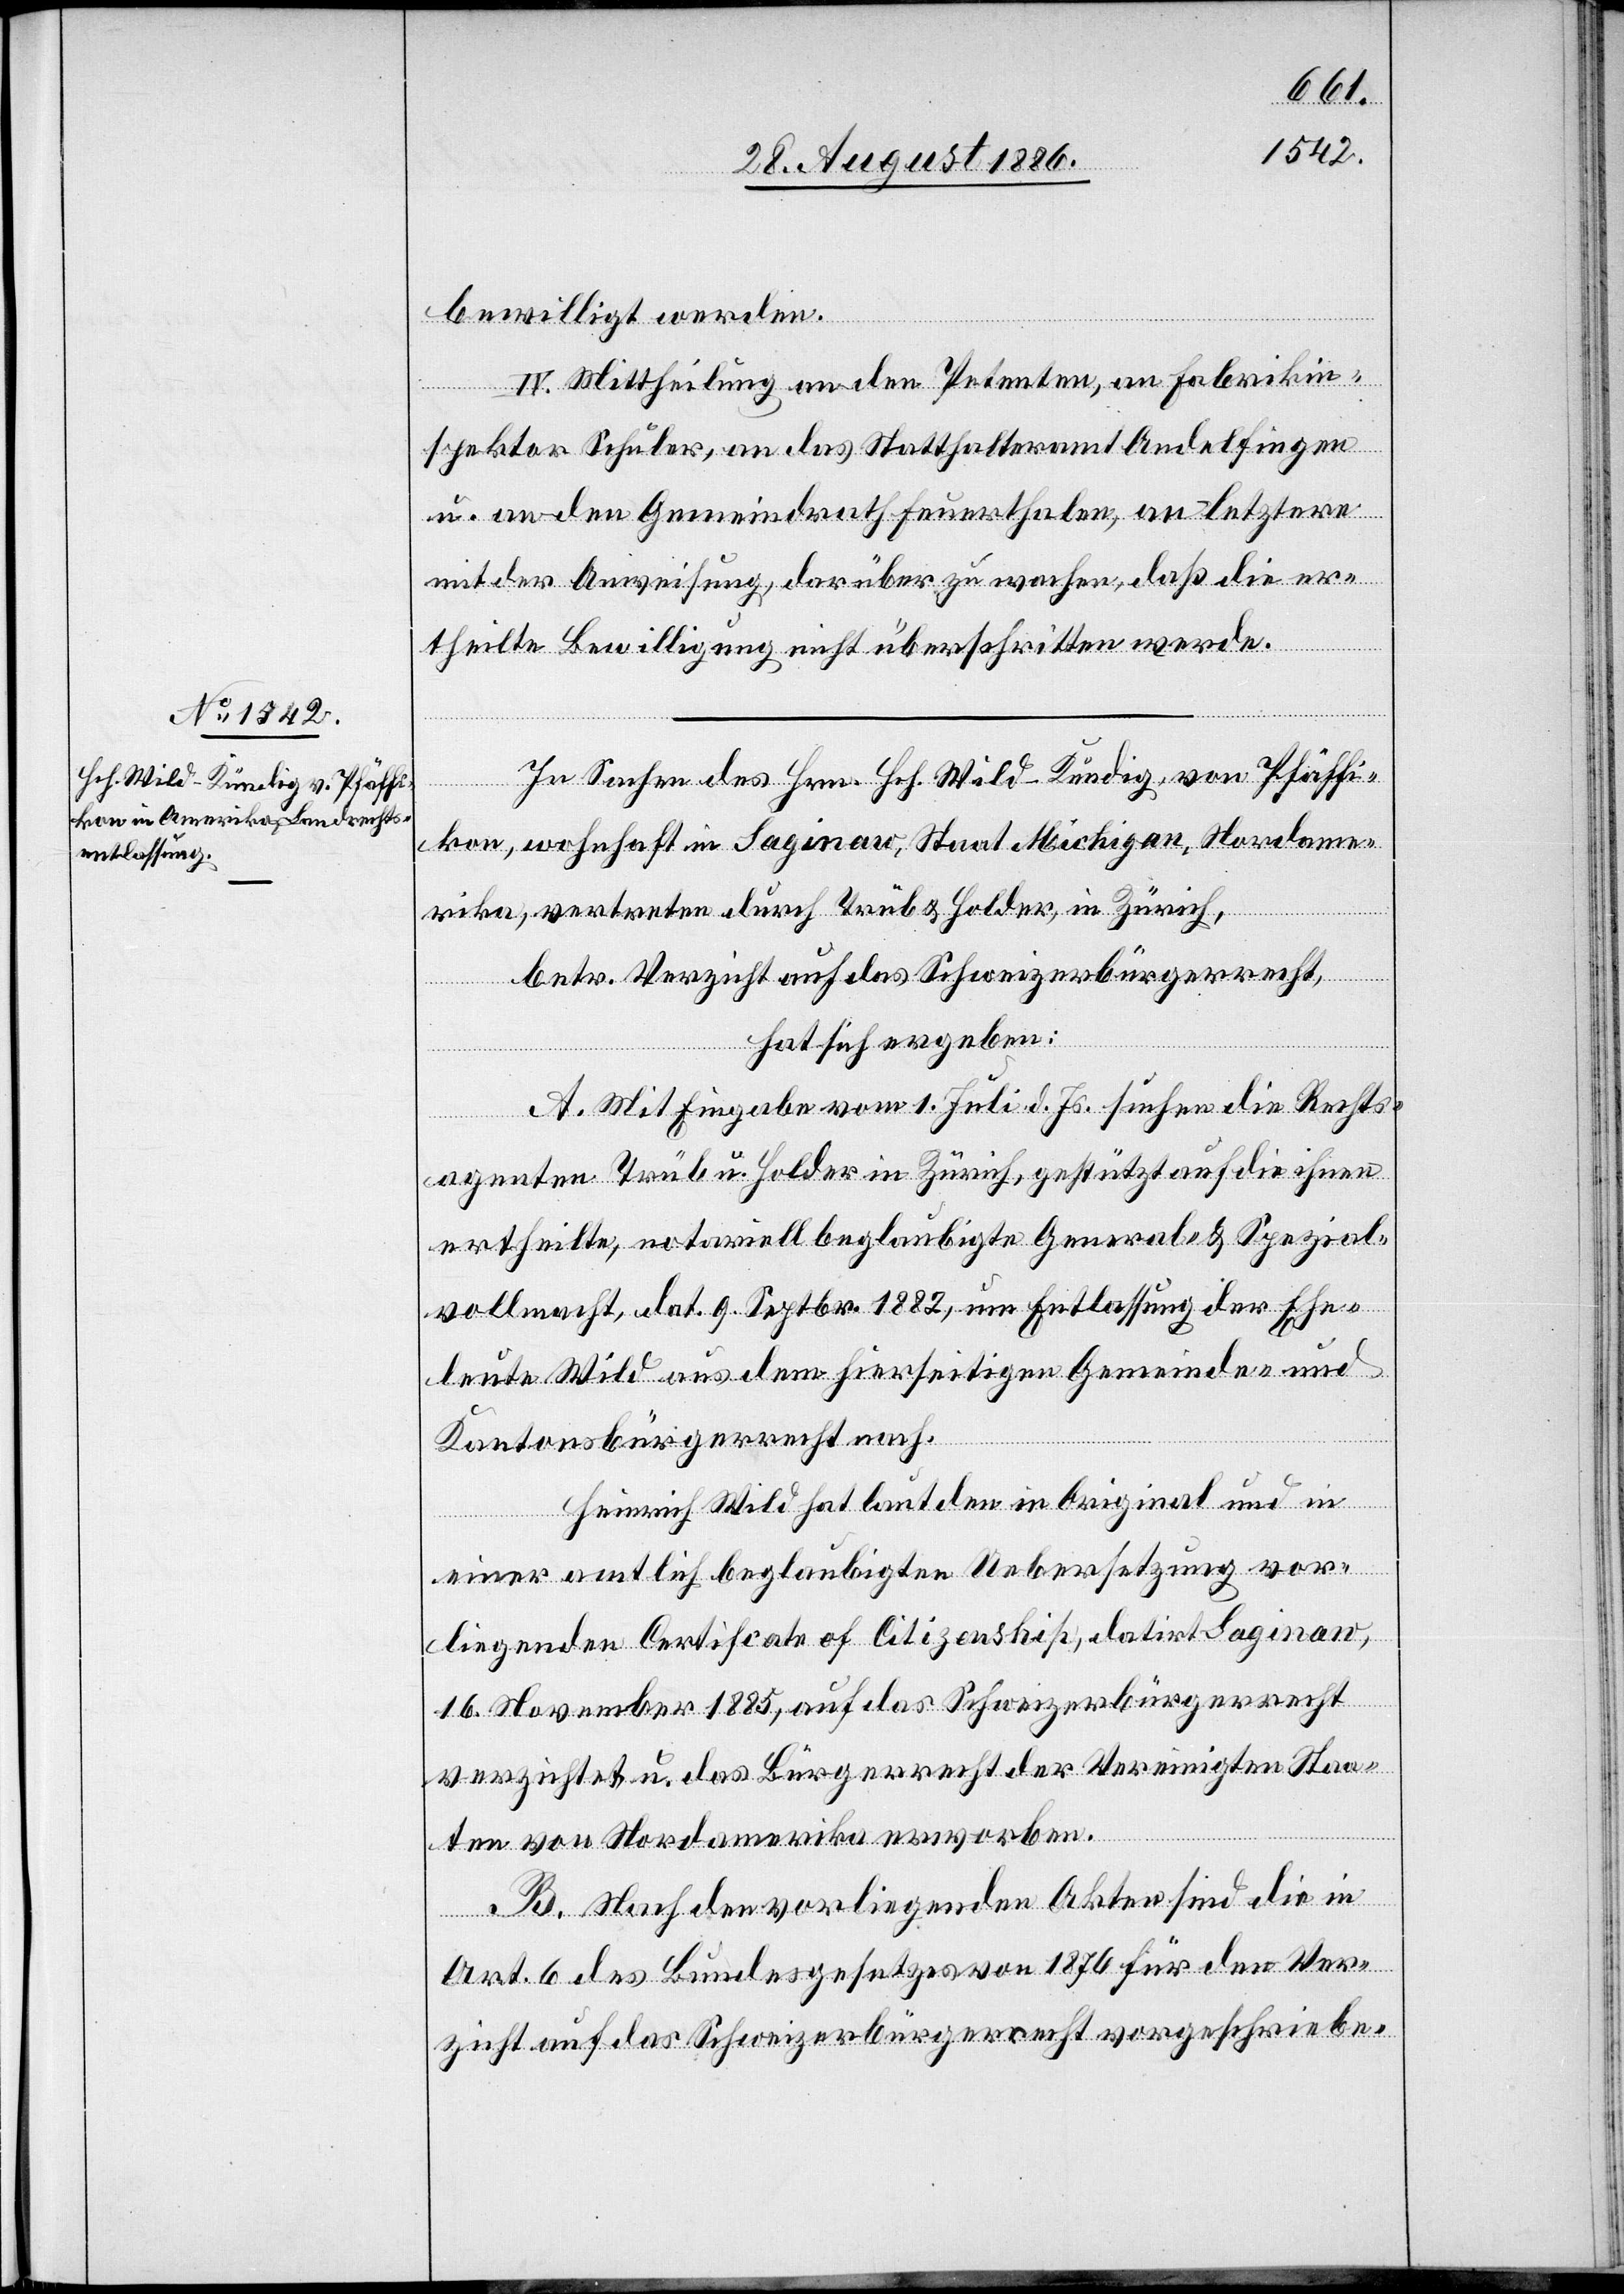
bewilligt werden.
IV. Mittheilung an den Petenten, an Fabrikin¬
spektor Schuler, an das Statthalteramt Andelfingen
u. an den Gemeindrath Feuerthalen, an letztere
mit der Anweisung, darüber zu wachen, daß die er¬
theilte Bewilligung nicht überschritten werde.
In Sachen des Hrn. Hch. Wild-Kündig, von Pfäffi¬
kon, wohnhaft in Saginaw, Staat Michigan, Nordame¬
rika, vertreten durch Trüb & Holder, in Zürich,
betr. Verzicht auf das Schweizerbürgerrecht,
hat sich ergeben:
A. Mit Eingabe vom 1. Juli d. Js. suchen die Rechts¬
agenten Trüb u. Holder in Zürich, gestützt auf die ihnen
ertheilte, notariell beglaubigte General- & Spezial¬
vollmacht, dat. 9. Septbr. 1882, um Entlassung der Ehe¬
leute Wild aus dem hierseitigen Gemeinde- und
Kantonsbürgerrecht nach.
Heinrich Wild hat laut den [sic!] in Original und in
einer amtlich beglaubigten Uebersetzung vor¬
liegenden Certificate of Citizenship, datirt Saginaw,
16. November 1885, auf das Schweizerbürgerrecht
verzichtet u. das Bürgerrecht der Vereinigten Staa¬
ten von Nordamerika erworben.
B. Nach den vorliegenden Akten sind die in
Art. 6 des Bundesgesetzes von 1876 für den Ver¬
zicht auf das Schweizerbürgerrecht vorgeschriebe-